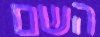
השם